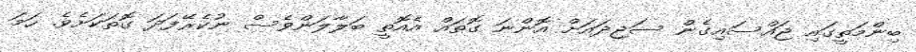
ބިންމަތީގައި ޖައްސައިގެން ސަޖިދައަށް އޮންނަ ގޮތައް އެއޮތީ ބަލާލަންވެސް ނުކެރޭފަދަ ގޮތަކަށެވެ. ހަމަ